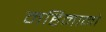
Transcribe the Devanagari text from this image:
महिमानो